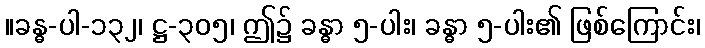
။ခန္ဓ-ပါ-၁၃၂၊ ဋ္ဌ-၃၀၅၊ ဤ၌ ခန္ဓာ ၅-ပါး၊ ခန္ဓာ ၅-ပါး၏ ဖြစ်ကြောင်း၊